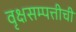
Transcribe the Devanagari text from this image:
वृक्षसम्पत्तीची